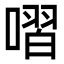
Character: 㗩